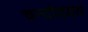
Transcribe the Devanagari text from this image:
चन्दोदयय